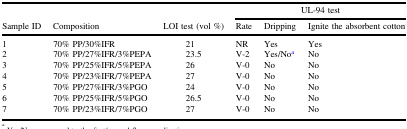
|  |  |  | <COLSPAN=3> UL-94 test |
 | Sample ID | Composition | LOI test (vol %) | Rate | Dripping | Ignite the absorbent cotton |
 | --- | --- | --- | --- | --- | --- |
 | 1 | 70% PP/30%IFR | 21 | NR | Yes | Yes |
 | 2 | 70% PP/27%IFR/3%PEPA | 23.5 | V-2 | Yes/Noa | No |
 | 3 | 70% PP/25%IFR/5%PEPA | 26 | V-0 | No | No |
 | 4 | 70% PP/23%IFR/7%PEPA | 27 | V-0 | No | No |
 | 5 | 70% PP/27%IFR/3%PGO | 24 | V-0 | No | No |
 | 6 | 70% PP/25%IFR/5%PGO | 26.5 | V-0 | No | No |
 | 7 | 70% PP/23%IFR/7%PGO | 27 | V-0 | No | No |